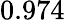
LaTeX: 0.974